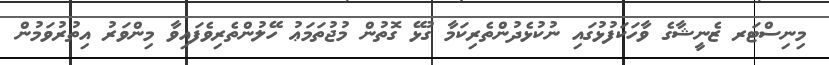
މިނިސްޓަރ ޒެނީޝާގެ ވާހަކަފުޅުގައި ނުކުޅެދުންތެރިކަމާ ގުޅޭ ގޮތުން މުޖުތަމަޢު ހޭލުންތެރިވެފައިވާ މިންވަރު އިތުރުވަމުން